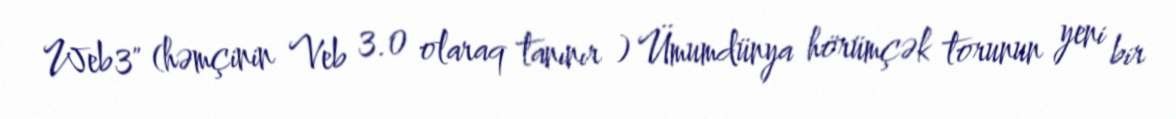
Web3" (həmçinin Veb 3.0 olaraq tanınır ) Ümumdünya hörümçək torunun yeni bir